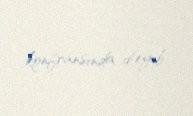
konfransında d­eyib.